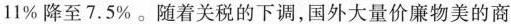
11%降至7.5%。随着关税的下调，国外大量价廉物美的商